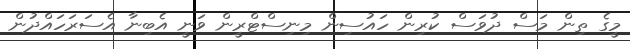
މީގެ ތިން މަސް ދުވަސް ކުރިން ހައުސިން މިނިސްޓްރީން ވަނީ އެބިނާ އެސަރަހައްދުން